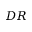
D R